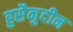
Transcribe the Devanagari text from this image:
हुसैनुदीन